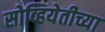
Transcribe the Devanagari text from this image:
सोव्हियेतीच्या